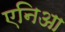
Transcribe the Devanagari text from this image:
एनिआ